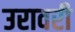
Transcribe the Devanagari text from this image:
उरावरी